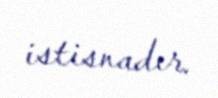
istisnadır.